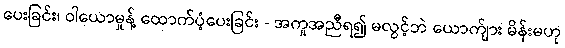
ပေးခြင်း၊ ဝါယောမှုန့် ထောက်ပံ့ပေးခြင်း - အကူအညီရ၍ မလွင့်ဘဲ ယောက်ျား မိန်းမဟု